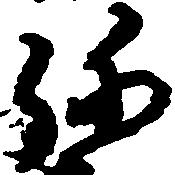
弥